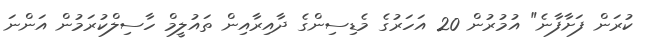
ކުރަން ފަށާފާނެ" އުމުރުން 20 އަހަރުގެ މެޑިސިންގެ ދާއިރާއިން ތައުލީމް ހާސިލްކުރަމުން އަންނަ